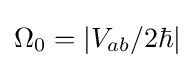
\Omega _{0}=|V_{ab}/2\hbar |